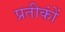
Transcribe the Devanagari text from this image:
प्रतीकोंं